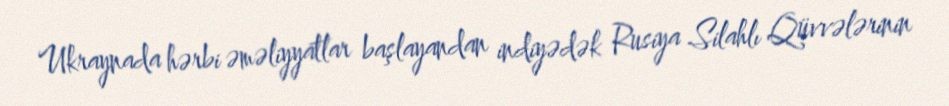
Ukraynada hərbi əməliyyatlar başlayandan indiyədək Rusiya Silahlı Qüvvələrinin